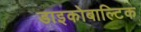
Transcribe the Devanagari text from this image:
डाइकोबाल्टिक